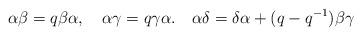
LaTeX: \begin{align*}\alpha\beta = q\beta \alpha , \quad \alpha\gamma = q\gamma\alpha . \quad \alpha \delta = \delta\alpha +(q-q^{-1})\beta\gamma\end{align*}